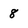
Character: 8